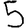
Digit: 5